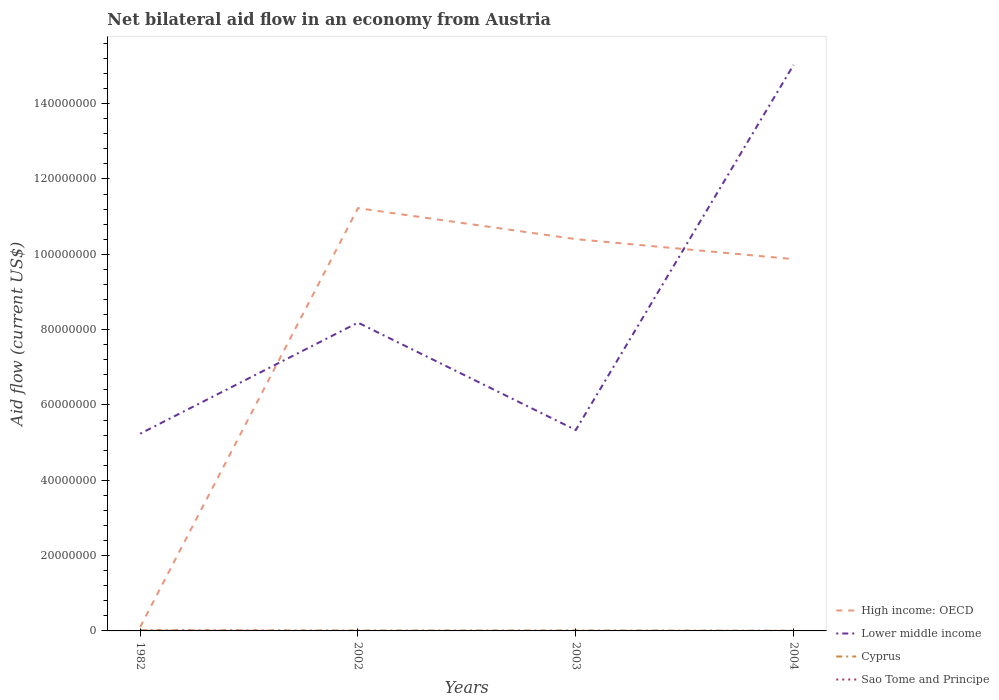
| Years | High income: OECD | Lower middle income | Cyprus | Sao Tome and Principe |
 | --- | --- | --- | --- | --- |
 | 1982 | 1.03e+06 | 5.24e+07 | 1.8e+05 | 7e+04 |
 | 2002 | 1.12e+08 | 8.19e+07 | 9e+04 | 1e+04 |
 | 2003 | 1.04e+08 | 5.33e+07 | 1e+05 | 1e+04 |
 | 2004 | 9.87e+07 | 1.5e+08 | 5e+04 | 1e+04 |